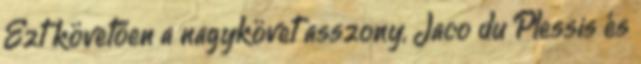
Ezt követően a nagykövet asszony, Jaco du Plessis és